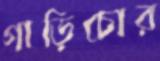
গাড়িচোর